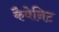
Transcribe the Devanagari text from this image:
कैबेनिट